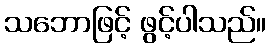
သဘောဖြင့် ဖွင့်ပါသည်။